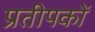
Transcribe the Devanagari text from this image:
प्रतीपकों